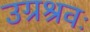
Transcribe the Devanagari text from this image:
उग्रश्रवः